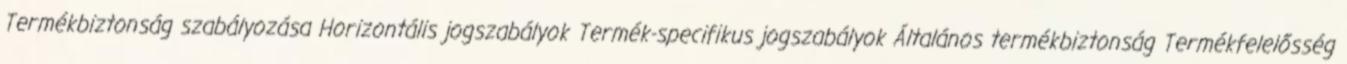
Termékbiztonság szabályozása Horizontális jogszabályok Termék-specifikus jogszabályok Általános termékbiztonság Termékfelelősség